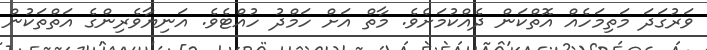
ވަރުގަދަ މަތިމަހެއް އޮތްކަން ދެއްކުމަށެވެ. މާތް އަށް ހަމްދު ހުއްޓެވެ. އަނިޔާވެރިންގެ އަތްތަކުން